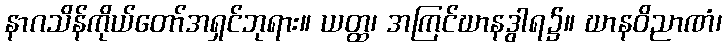
နာဂသိန်ကိုယ်တော်အရှင်ဘုရား။ ယတ္ထ၊ အကြင်ဃာနဒွါရ၌။ ဃာနဝိညာဏံ၊